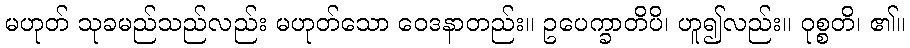
မဟုတ် သုခမည်သည်လည်း မဟုတ်သော ဝေဒနာတည်း။ ဥပေက္ခာတိပိ၊ ဟူ၍လည်း။ ဝုစ္စတိ၊ ၏။